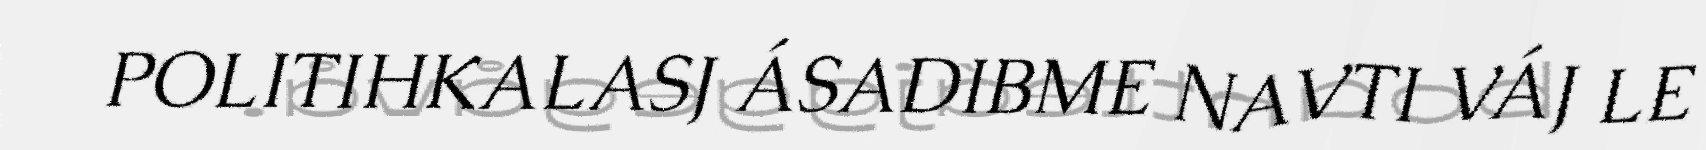
POLITIHKALASJ ÁSADIBME NAVTI VÁJ LE